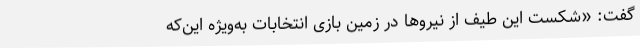
گفت: «شکست این طیف از نیروها در زمین بازی انتخابات به‌ویژه این‌که